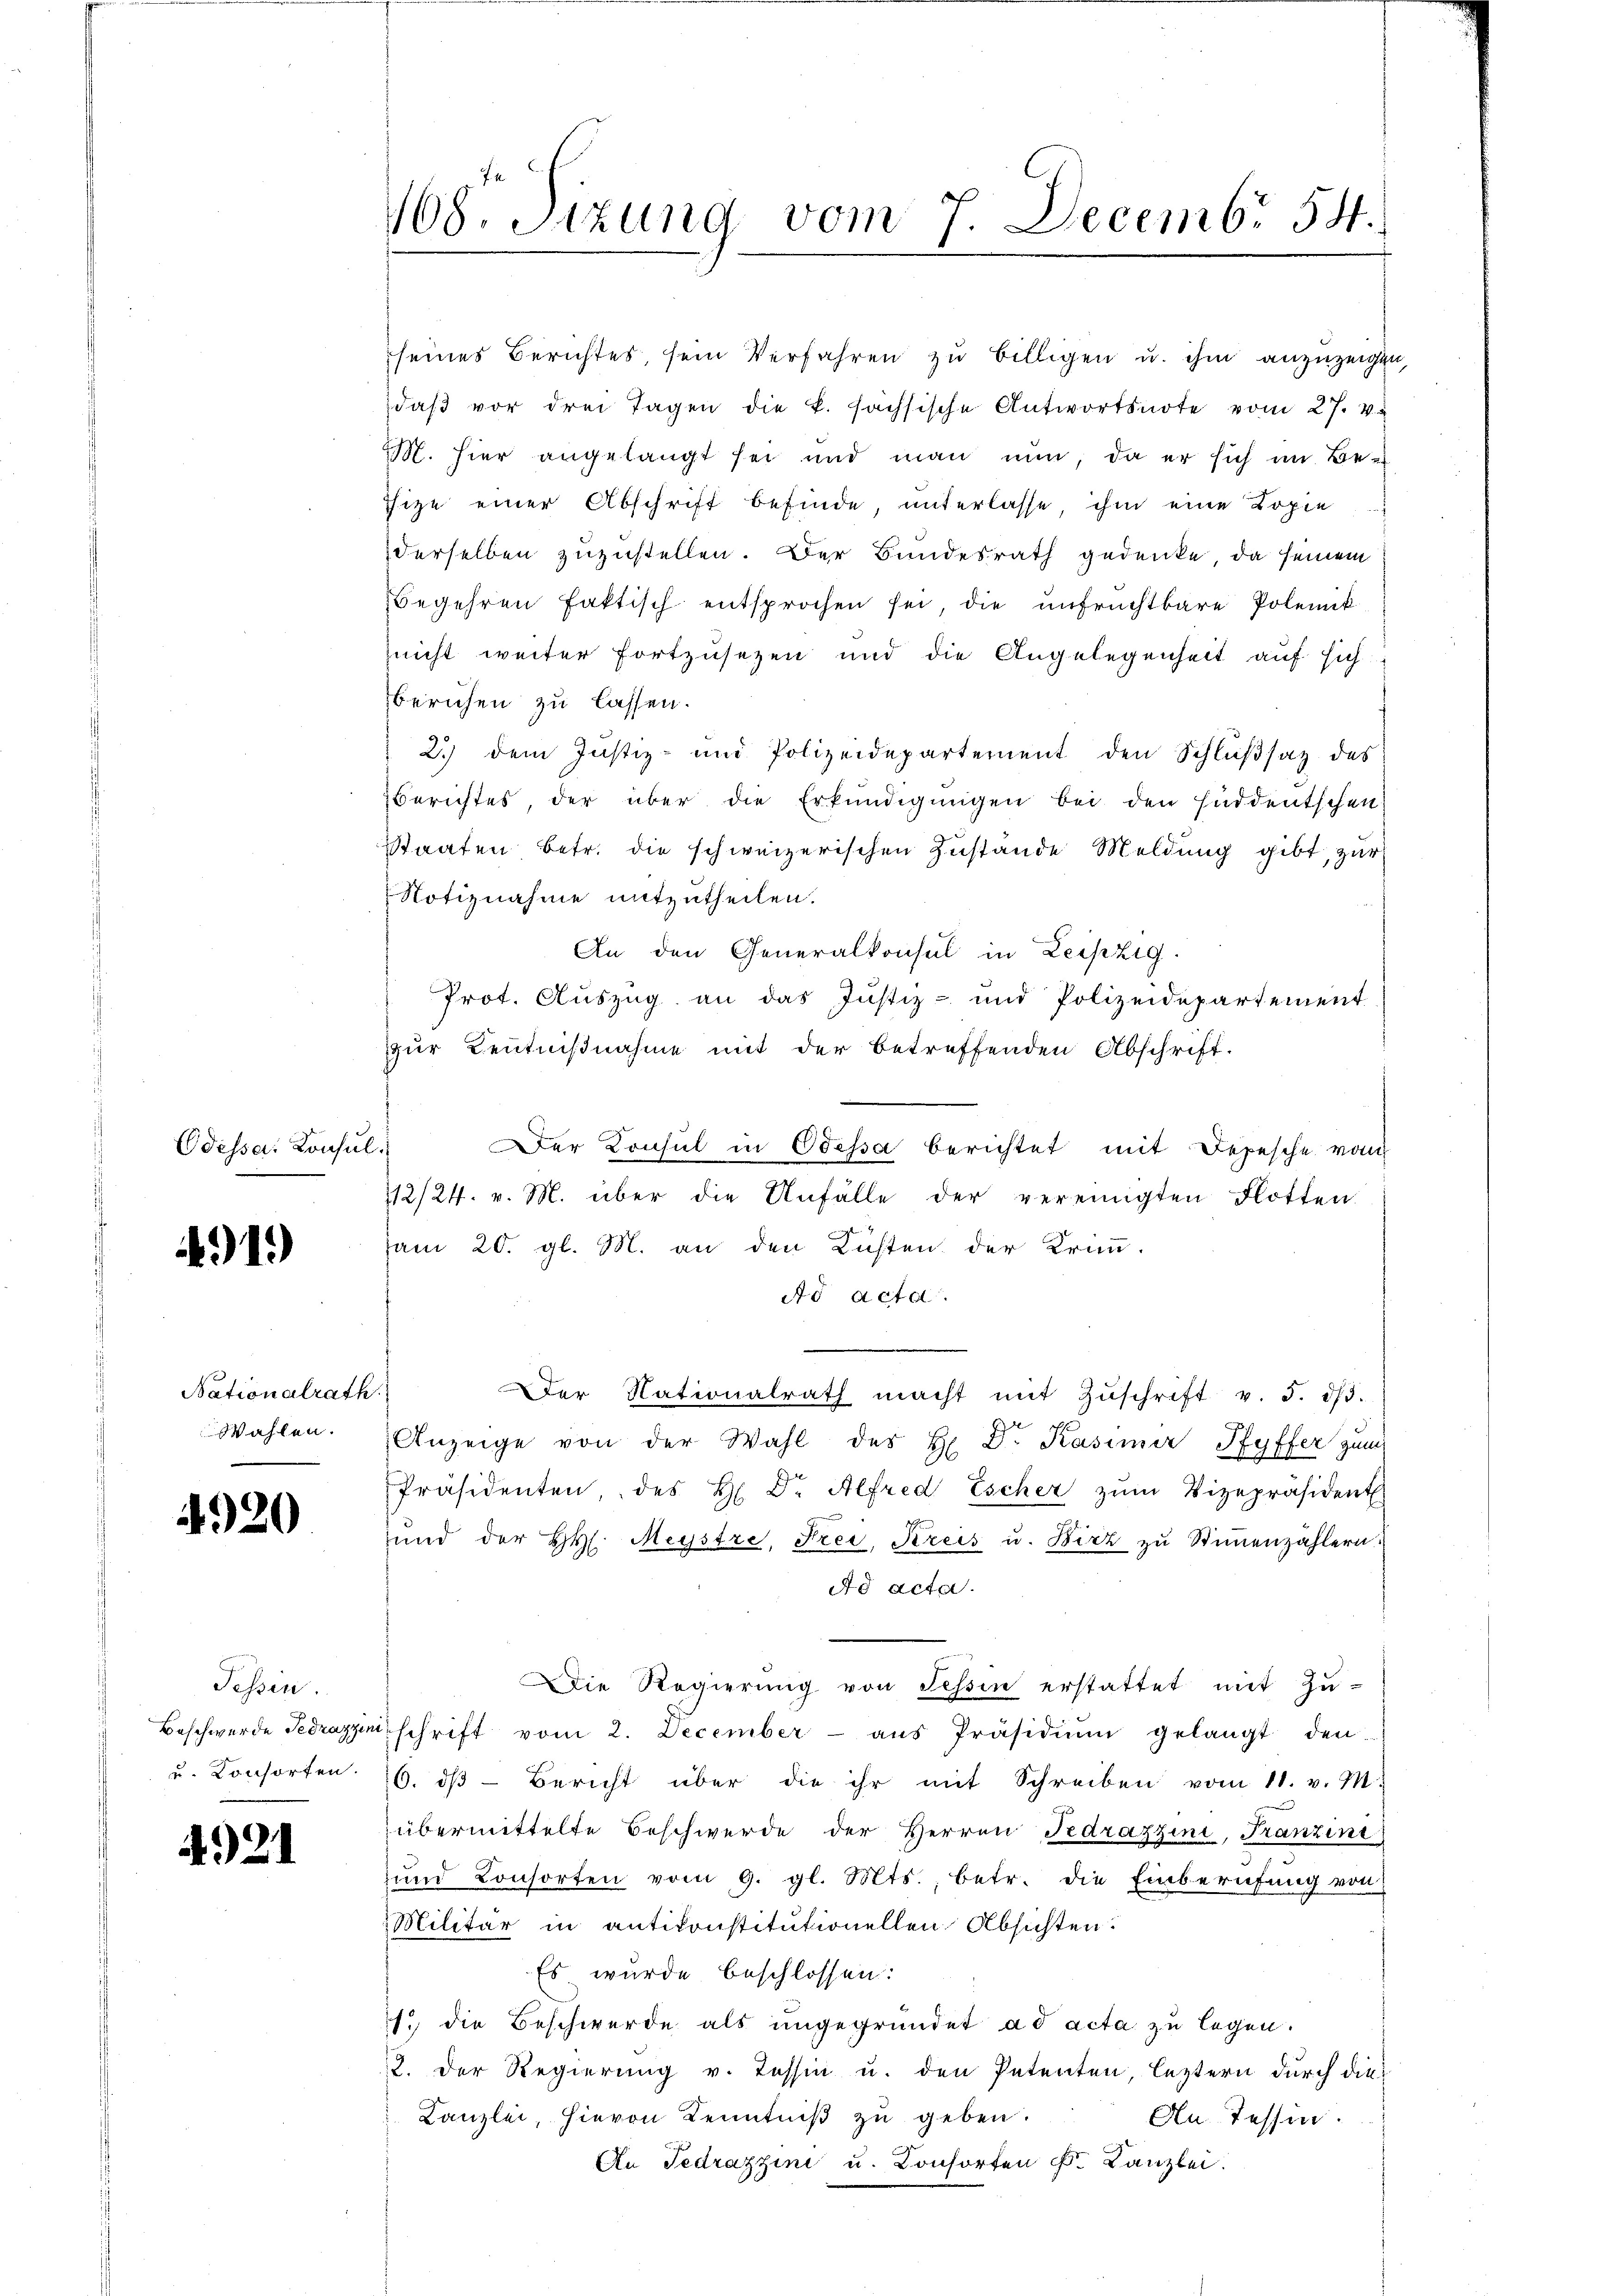
Odessa. Konsul
.

4919

Nationalrath
Wahlen.
e

4920

Tessin.

4921

seines Berichtes, sein Verfahren zu billigen u. ihm anzuzeigen,
daβ vor drei Tagen die k. fachsische Antwortsnote vom 27. v.
. hier angelangt sei und man nun, da er sich im Be¬
Thize einer Abschrift befinde, unterlasse, ihm eine Kopie
derselben zuzustellen. Der Bundesrath gedenke, da seinem
Begehren faktisch entsprochen sei, die unfruchtbare Polemik
nicht weiter fortzusetzen und die Angelegenheit auf sich-
berichen zu lassen.
2.) Dem Justiz- und Polizeidepartement den Schlŭβsatz des
Berichtes, der über die Erkŭndigungen bei den süddeutschen
Staaten, betr. die schweizerischen Zustände Meldung gibt, zur
Notiznahme mitzutheilen.
An den Generalkonsul in Leipzig.
Prot. Auszug an das Justiz- und Polizeidepartement
zur Kenntnißnahme mit der betreffenden Abschrift-
Der Konsul in Odessa berichtet mit Depesche von
12/24. v. M. über die Unfälle der vereinigten Flotten
am 20. gl. M. an den Küsten der Krimm-
Ad acta.
Der Nationalrath macht mit Zŭschrift v. 5. dβ.
Anzeige von der Wahl des H. Dr. Kasimir Pfyffer zum
Präsidenten, des H. Dr. Alfred Escher zŭm Vizepräsident
ŭnd der H. Meystre, Frei, Kreis u. Birz zŭ Stiṁenzählern.
Ad acta.
Die Regierung von Tessin erstattet mit Zu-
Beschwerde Fedrazzinischrift vom 2. December ans Präsidiŭm gelangt den
u. Konsorten. 16. dβ- Bericht über die ihr mit Schreiben vom 11. v. M.
übermittelte Beschwerde der Herren Fedrazzini, Franzini
und Consorten vom 9. gl. Mts., betr. die Einberufung von
Militär in antikonstitutionellen Absichten.
Es wurde beschlossen:
1.) die Beschwerde als ungegründet ad acta zu legen.
2. Der Regierung v. Tessin u. den Petenten, leztern durch die
Kanzlei, hievon Kenntniß zu geben.
An Tessin.
An Tedrazzini u. Consorten Fr. Kanzlei.

168. Sizung vom 7. Decemb. 54.